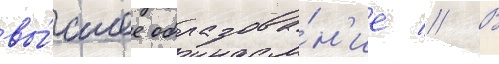
вы́сшее образова́н'ие // В